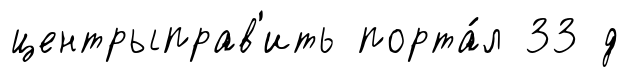
центрыправ'ить порта́л 33 д